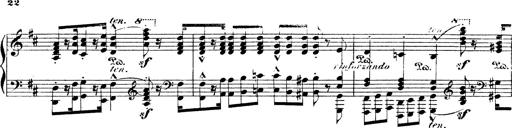
Title: Illustrations de l'opÃ©ra L'Africaine
Composer: Franz Liszt